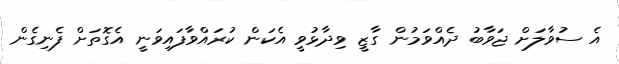
އެ ސުވާލަށް ޖަވާބު ދެއްވަމުން ގާޒީ ވިދާޅުވީ އެކަން ކުރައްވާފައިވަނީ އެގޮތަށް ފެނިގެން